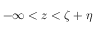
- \infty < z < \zeta + \eta